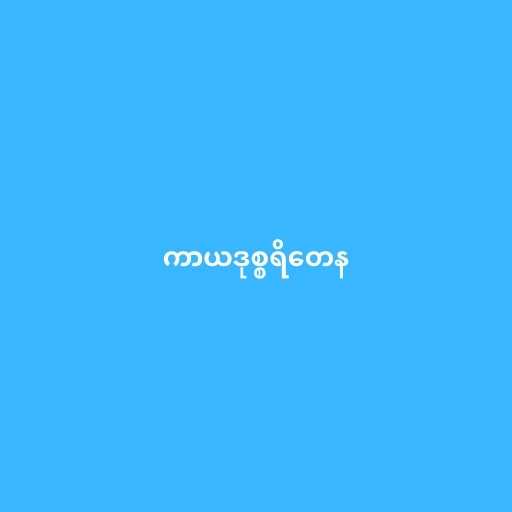
ကာယဒုစ္စရိတေန